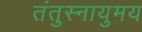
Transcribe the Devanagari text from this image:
तंतुस्नायुमय